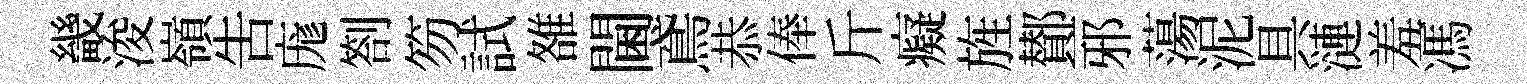
畿浚嶺告庬劄笏試雒閫鳶恭俸斤癡旌鄼一邪蕩泥具漣羞馮